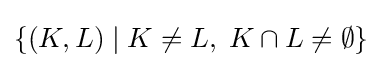
\{(K,L)\mid K\neq L,\;K\cap L\neq \emptyset \}